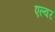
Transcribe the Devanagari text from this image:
एल्वर